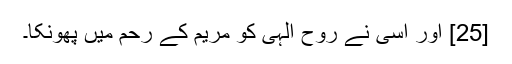
[25] اور اسی نے روح الہی کو مریم کے رحم میں پھونکا۔